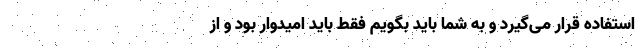
استفاده قرار می‌گیرد و به شما باید بگویم فقط باید امیدوار بود و از